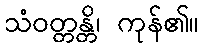
သံဝတ္တန္တိ၊ ကုန်၏။